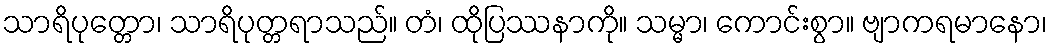
သာရိပုတ္တော၊ သာရိပုတ္တရာသည်။ တံ၊ ထိုပြဿနာကို။ သမ္မာ၊ ကောင်းစွာ။ ဗျာကရမာနော၊